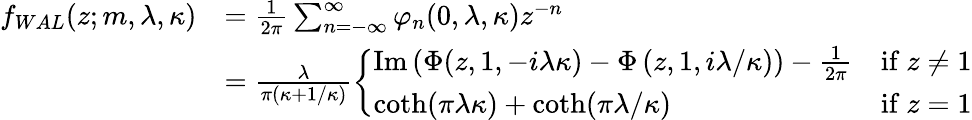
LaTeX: {\begin{array}{rl}{f_{WAL}(z;m,\lambda,\kappa)}&{={\frac{1}{2\pi}}\sum_{n=-\infty}^{\infty}\varphi_{n}(0,\lambda,\kappa)z^{-n}}\\ &{={\frac{\lambda}{\pi(\kappa+1/\kappa)}}{\left\{ \begin{array}{ll}{{\textrm{Im}}\left(\Phi(z,1,-i\lambda\kappa)-\Phi\left(z,1,i\lambda/\kappa\right)\right)-{\frac{1}{2\pi}}}&{{\mathrm{if~}}z\neq 1}\\ {\coth(\pi\lambda\kappa)+\coth(\pi\lambda/\kappa)}&{{\mathrm{if~}}z=1}\end{array}\right.}}\end{array}}